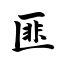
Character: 匪